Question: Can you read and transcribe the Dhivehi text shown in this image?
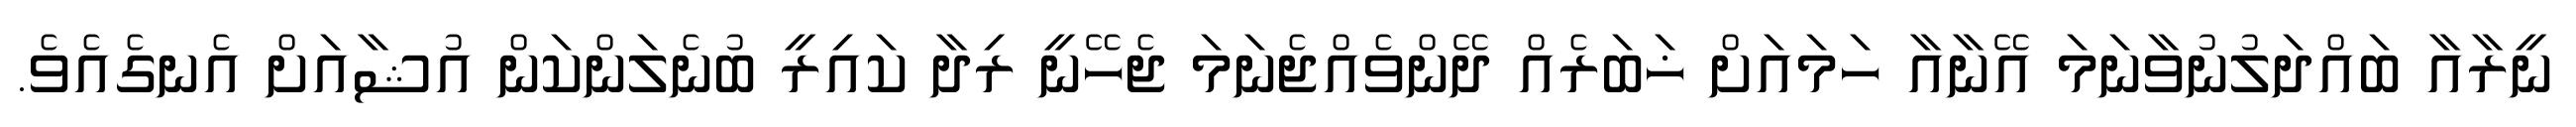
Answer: ނީރާއާ ބައްދަލުނުވާނަމަ އޭނާއާ ހަމައަށް ޚަބަރެއް ދޭންވެއްޖެނަމަ ޖެހޭނީ ރިދާ ކައިރީ ބުނެލަންކަން އުޝާއަށް އެނގެއެވެ.